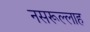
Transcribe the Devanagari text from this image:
नसरूल्लाह